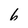
Character: 6